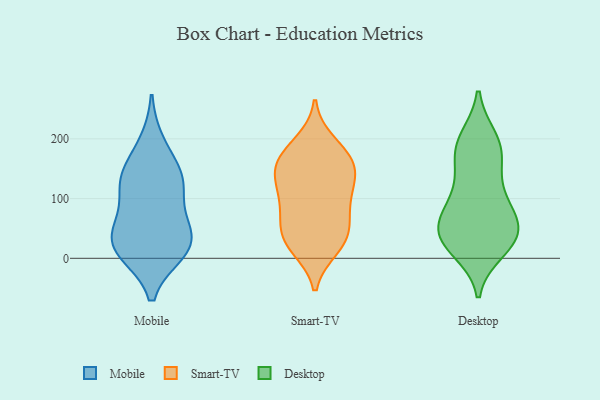
{"axis": {"x": "Budget (USD K)", "y": "Value"}, "legend": ["Desktop", "Mobile", "Smart-TV"], "data": [{"x": "", "y": 193, "type": "Mobile"}, {"x": "", "y": 76, "type": "Mobile"}, {"x": "", "y": 134, "type": "Mobile"}, {"x": "", "y": 143, "type": "Mobile"}, {"x": "", "y": 47, "type": "Mobile"}, {"x": "", "y": 10, "type": "Mobile"}, {"x": "", "y": 127, "type": "Mobile"}, {"x": "", "y": 11, "type": "Mobile"}, {"x": "", "y": 16, "type": "Mobile"}, {"x": "", "y": 45, "type": "Mobile"}, {"x": "", "y": 26, "type": "Mobile"}, {"x": "", "y": 125, "type": "Mobile"}, {"x": "", "y": 102, "type": "Smart-TV"}, {"x": "", "y": 18, "type": "Smart-TV"}, {"x": "", "y": 164, "type": "Smart-TV"}, {"x": "", "y": 80, "type": "Smart-TV"}, {"x": "", "y": 161, "type": "Smart-TV"}, {"x": "", "y": 139, "type": "Smart-TV"}, {"x": "", "y": 81, "type": "Smart-TV"}, {"x": "", "y": 36, "type": "Smart-TV"}, {"x": "", "y": 132, "type": "Smart-TV"}, {"x": "", "y": 154, "type": "Smart-TV"}, {"x": "", "y": 193, "type": "Smart-TV"}, {"x": "", "y": 35, "type": "Smart-TV"}, {"x": "", "y": 177, "type": "Smart-TV"}, {"x": "", "y": 52, "type": "Smart-TV"}, {"x": "", "y": 117, "type": "Smart-TV"}, {"x": "", "y": 23, "type": "Smart-TV"}, {"x": "", "y": 71, "type": "Desktop"}, {"x": "", "y": 41, "type": "Desktop"}, {"x": "", "y": 15, "type": "Desktop"}, {"x": "", "y": 175, "type": "Desktop"}, {"x": "", "y": 36, "type": "Desktop"}, {"x": "", "y": 91, "type": "Desktop"}, {"x": "", "y": 29, "type": "Desktop"}, {"x": "", "y": 30, "type": "Desktop"}, {"x": "", "y": 112, "type": "Desktop"}, {"x": "", "y": 183, "type": "Desktop"}, {"x": "", "y": 48, "type": "Desktop"}, {"x": "", "y": 45, "type": "Desktop"}, {"x": "", "y": 199, "type": "Desktop"}, {"x": "", "y": 152, "type": "Desktop"}, {"x": "", "y": 90, "type": "Desktop"}, {"x": "", "y": 194, "type": "Desktop"}]}